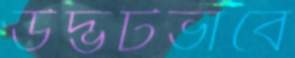
উদ্ভটভাবে